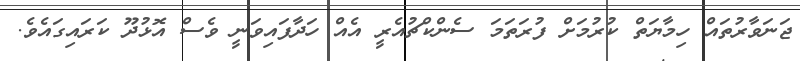
ޖަނަވާރުތައް ހިމާޔަތް ކުރުމަށް ފުރަތަމަ ސެންކްޗުއެރީ އެއް ހަދާފައިވަނީ ވެސް އޮޅުދޫ ކަރައިގައެވެ.